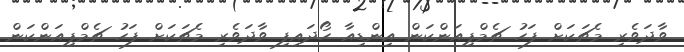
ވާދަވެރި މެޗަކަށް ފަހު ޗެމްޕިއަންކަން އިންޑިއާ ހޯދައިފި ވާދަވެރި މެޗަކަށް ފަހު ޗެމްޕިއަންކަން